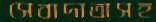
সেবাদাতাসহ